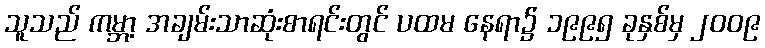
သူသည် ကမ္ဘာ့ အချမ်းသာဆုံးစာရင်းတွင် ပထမ နေရာ၌ ၁၉၉၅ ခုနှစ်မှ ၂၀၀၉